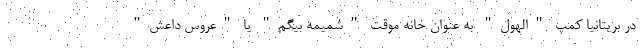
در بریتانیا کمپ "الهول" به عنوان خانه موقت "شمیمه بیگم" یا "عروس داعش"